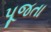
પૂજતા